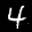
Label: 4